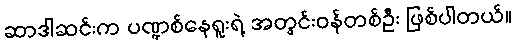
ဆာဒါဆင်းက ပဏ္ဍစ်နေရူးရဲ့ အတွင်းဝန်တစ်ဦး ဖြစ်ပါတယ်။